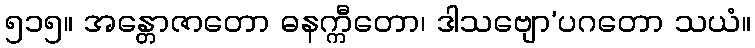
၅၁၅။ အန္တောဇာတော ဓနက္ကီတော၊ ဒါသဗျော’ပဂတော သယံ။